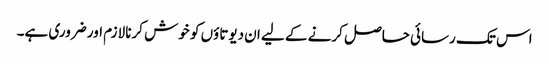
اس تک رسائی حاصل کرنے کے لیے ان دیوتاؤں کو خوش کرنا لازم اور ضروری ہے۔